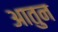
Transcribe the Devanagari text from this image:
आतुन